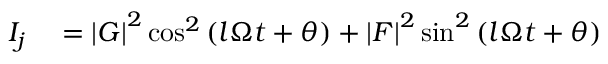
\begin{array} { r l } { I _ { j } } & { { } = \left\vert G \right\vert ^ { 2 } \cos ^ { 2 } \left( l \Omega t + \theta \right) + \left\vert F \right\vert ^ { 2 } \sin ^ { 2 } \left( l \Omega t + \theta \right) } \end{array}